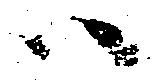
ハ